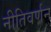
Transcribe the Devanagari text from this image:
नीतिवर्णन